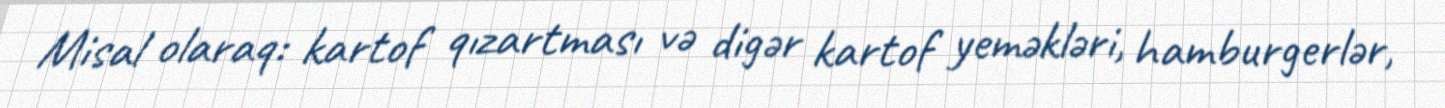
Misal olaraq: kartof qızartması və digər kartof yeməkləri, hamburgerlər,